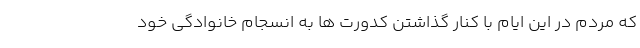
که مردم در این ایام با کنار گذاشتن کدورت ها به انسجام خانوادگی خود